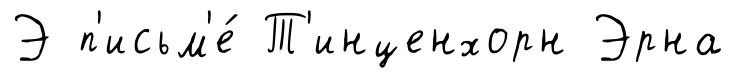
Э п'исьм'е́ Т'инценхорн Эрна